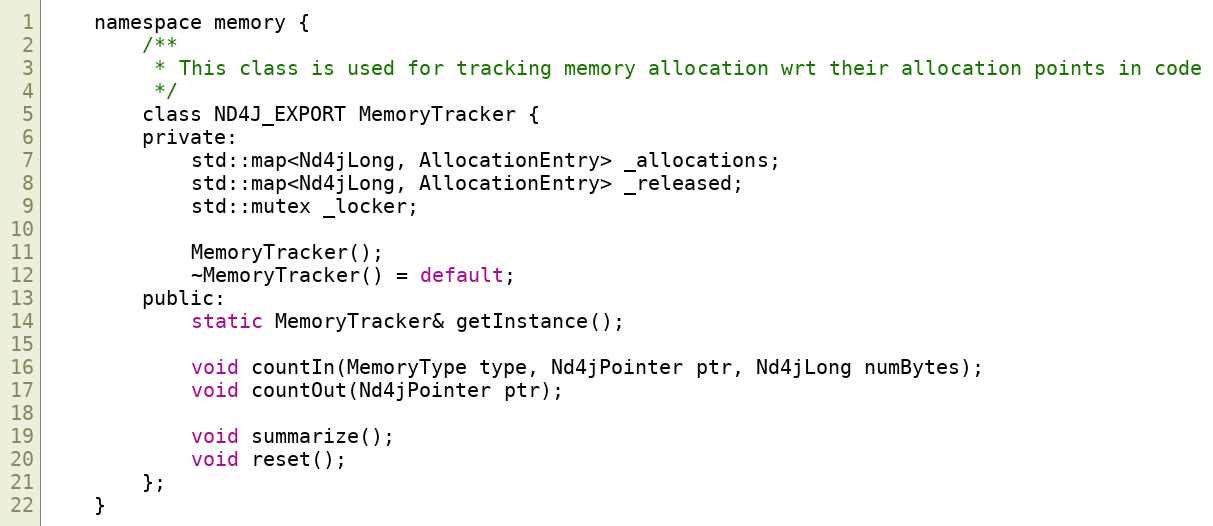
Language: C
    namespace memory {
        /**
         * This class is used for tracking memory allocation wrt their allocation points in code
         */
        class ND4J_EXPORT MemoryTracker {
        private:
            std::map<Nd4jLong, AllocationEntry> _allocations;
            std::map<Nd4jLong, AllocationEntry> _released;
            std::mutex _locker;

            MemoryTracker();
            ~MemoryTracker() = default;
        public:
            static MemoryTracker& getInstance();

            void countIn(MemoryType type, Nd4jPointer ptr, Nd4jLong numBytes);
            void countOut(Nd4jPointer ptr);

            void summarize();
            void reset();
        };
    }